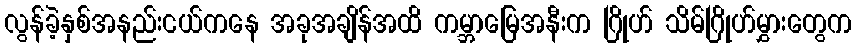
လွန်ခဲ့နှစ်အနည်းငယ်ကနေ အခုအချိန်အထိ ကမ္ဘာမြေအနီးက ဂြိုဟ် သိမ်ဂြိုဟ်မွှားတွေက